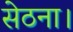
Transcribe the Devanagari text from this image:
सेठना।